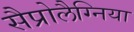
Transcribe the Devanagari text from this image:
सैप्रोलैग्निया